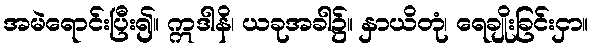
အမဲရောင်းပြီး၍။ ဣဒါနိ၊ ယခုအခါ၌။ နှာယိတုံ၊ ရေချိုးခြင်းငှာ။